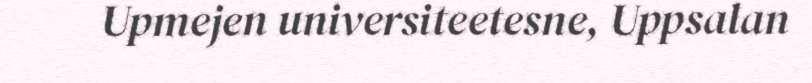
Upmejen universiteetesne, Uppsalan